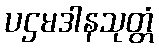
ပဌမဒါနသုတ္တံ